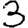
Digit: 3